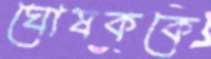
ঘোষককে